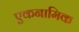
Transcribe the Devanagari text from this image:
एकनामिक